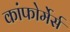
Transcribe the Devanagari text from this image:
कांफोर्मेर्स